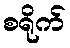
စရိုက်